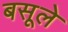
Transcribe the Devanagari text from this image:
बसूले